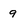
Character: g